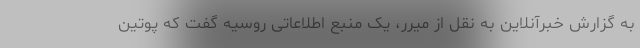
به گزارش خبرآنلاین به نقل از میرر، یک منبع اطلاعاتی روسیه گفت که پوتین